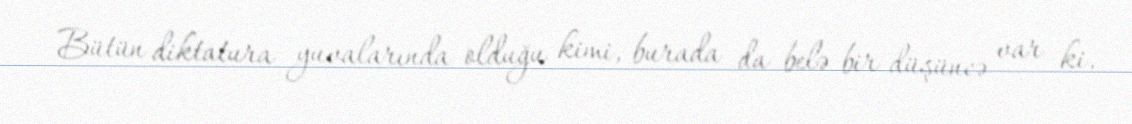
Bütün diktatura yuvalarında olduğu kimi, burada da belə bir düşüncə var ki,